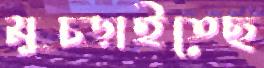
মুচ্‌ড়াইতেছ